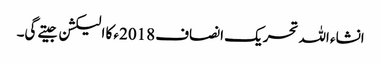
انشاء اللہ تحریک انصاف 2018ء کا الیکشن جیتے گی۔